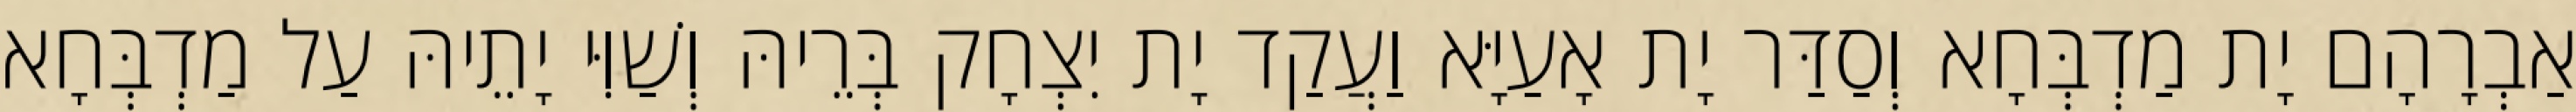
אַבְרָהָם יָת מַדְבְּחָא וְסַדַּר יָת אָעַיָּא וַעֲקַד יָת יִצְחָק בְּרֵיהּ וְשַׁוִּי יָתֵיהּ עַל מַדְבְּחָא